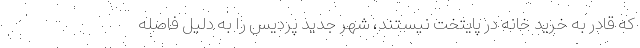
که قادر به خرید خانه در پایتخت نیستند، شهر جدید پردیس را به دلیل فاصله